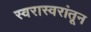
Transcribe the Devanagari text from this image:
स्वरास्वरांतून